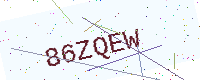
Text: 86ZQEW